Trukikaitis_Postimees, lk 146
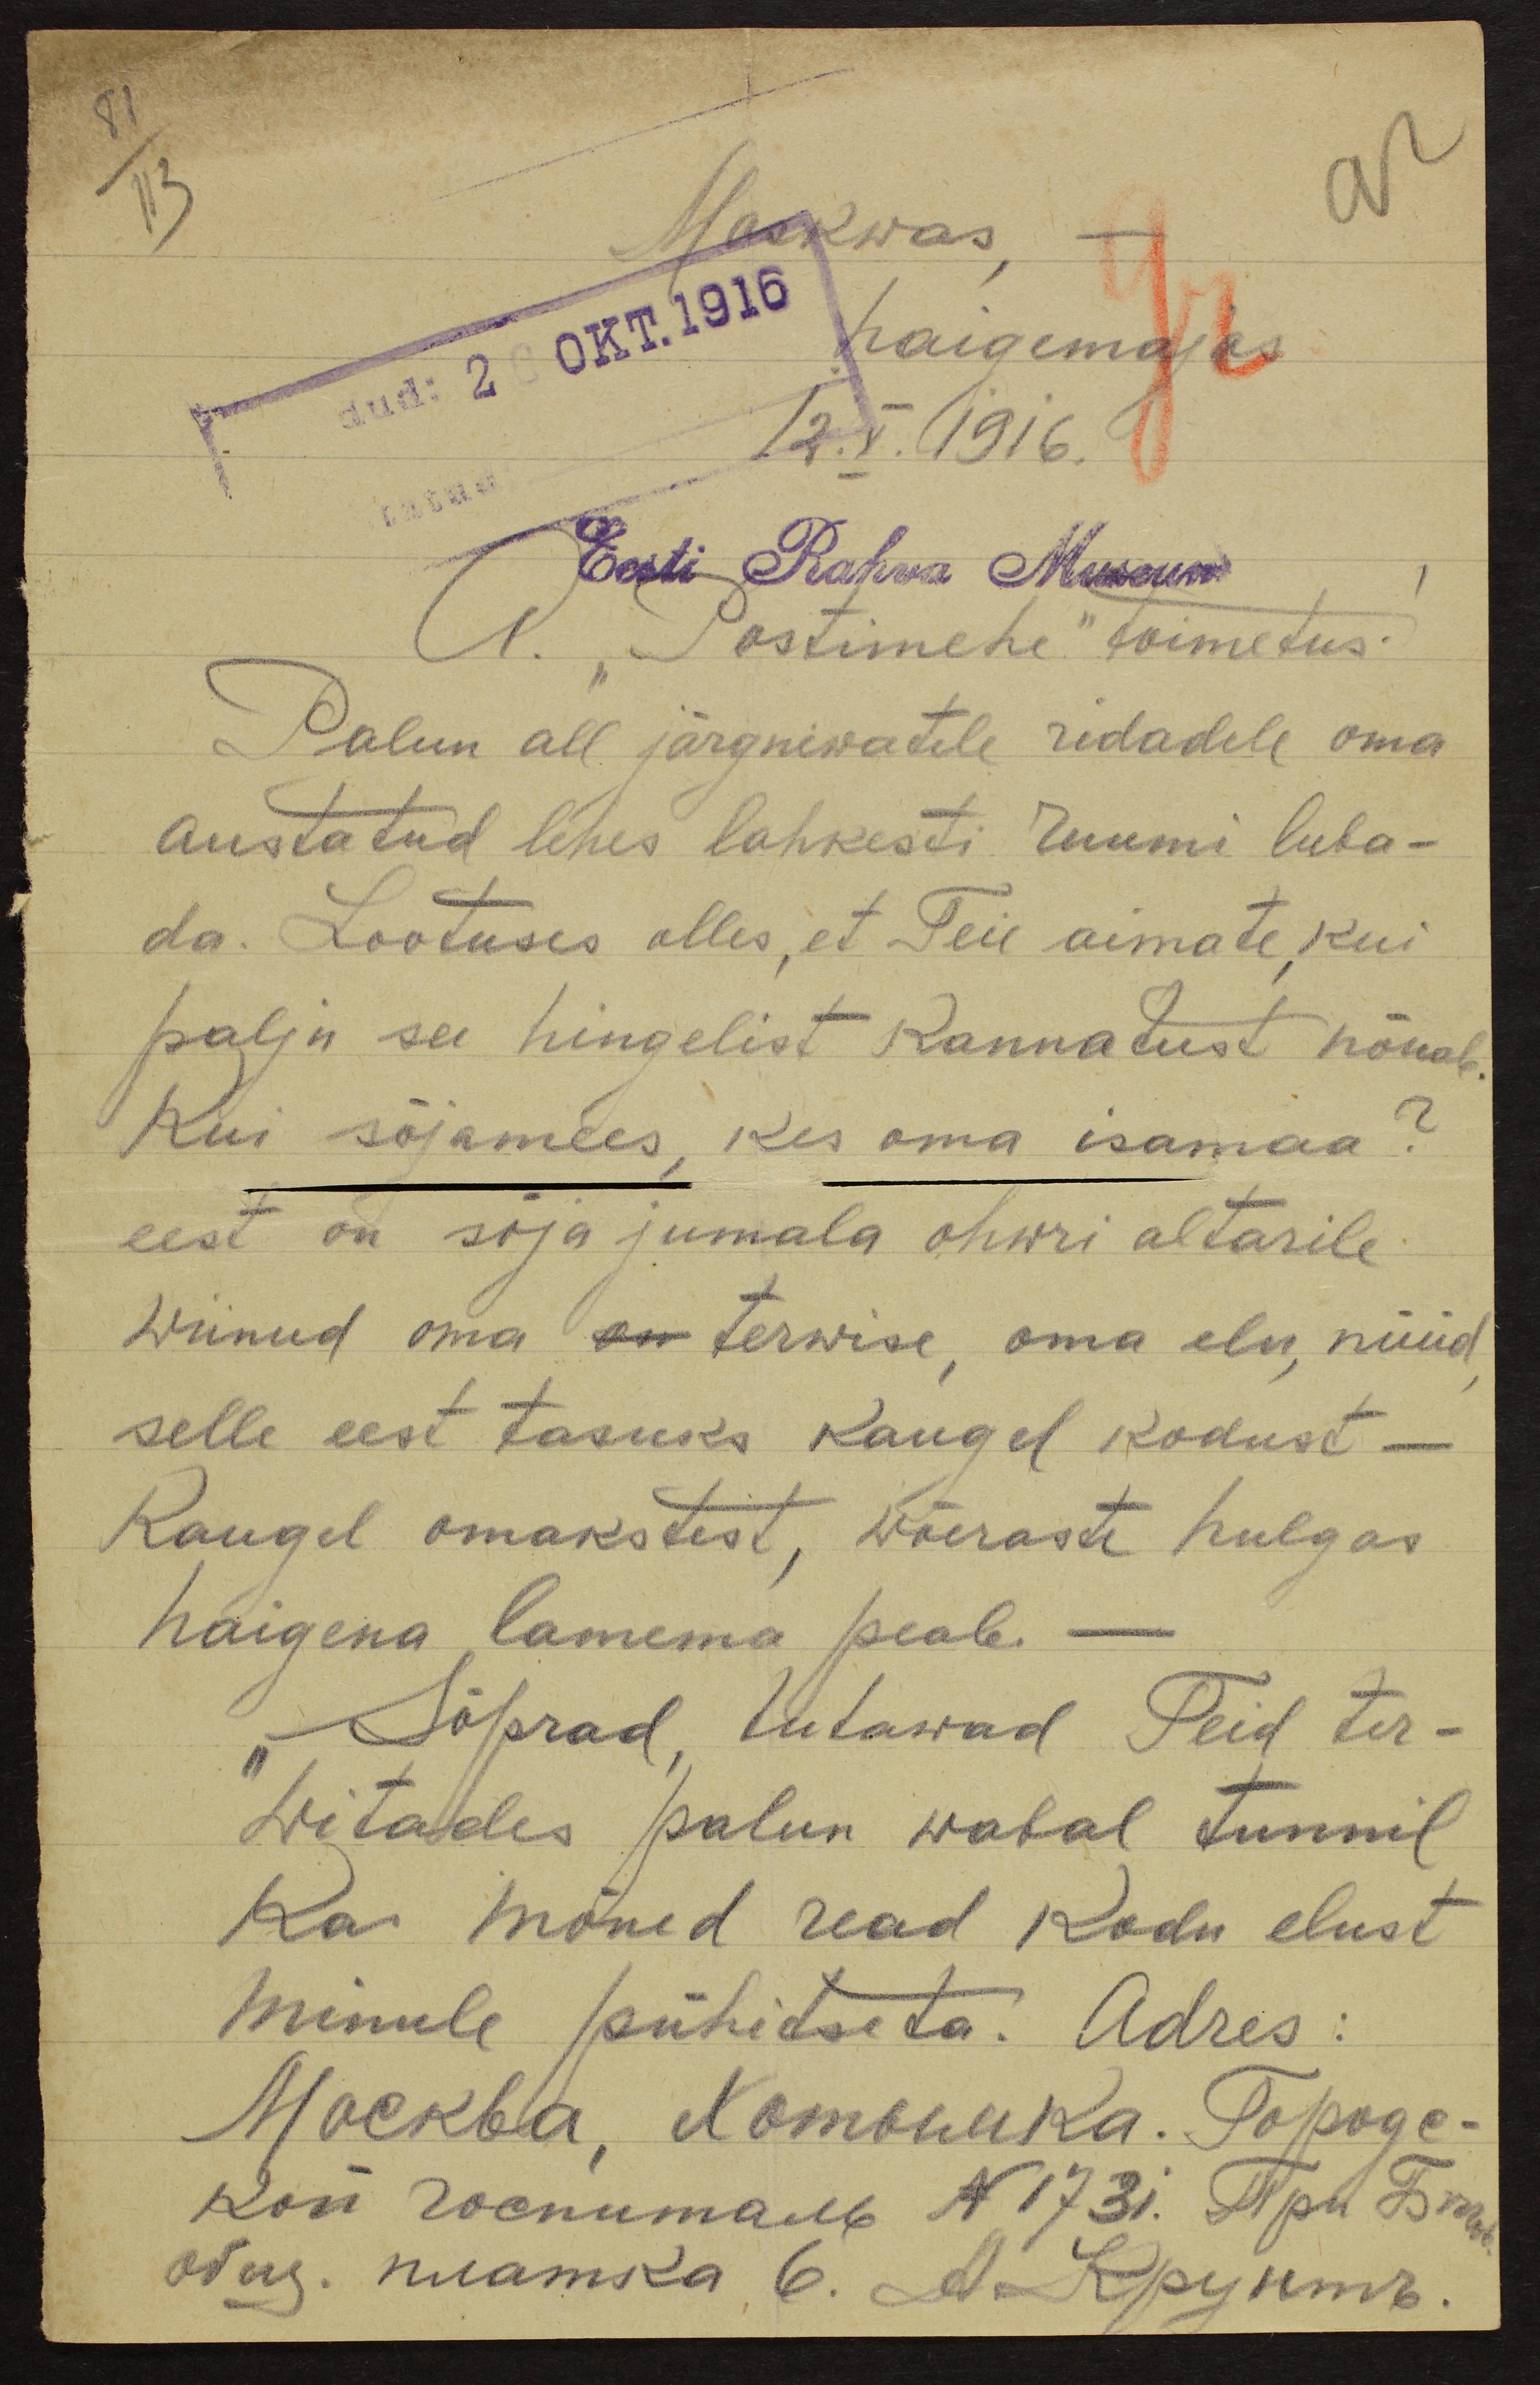
81
113
Moskwas, -
haigemajas
dud: 26 OKT.1916
12.X.1916.
Eesti Rahva Museum
A. "Postimehe" toimetus!
Palun all järgnewatele ridadele oma
austatud lehes lahkesti ruumi luba-
da. Lootuses olles, et Teie aimate, kui
palju see hingelist kannatust nõuab
Kui sõjamees, kes oma isamaa?
eest on sõja jumala ohwri altarile
wiinud oma on terwise, oma elu, nüüd
selle eest tasuks kaugel kodust -
kaugel omakstest, wõeraste hulgas
haigena lamema peab.
"Sõprad, tutawad Teid ter-
witades palun wabal tunnil
ka mõned read kodu elust
minule pühitseta. Adres: